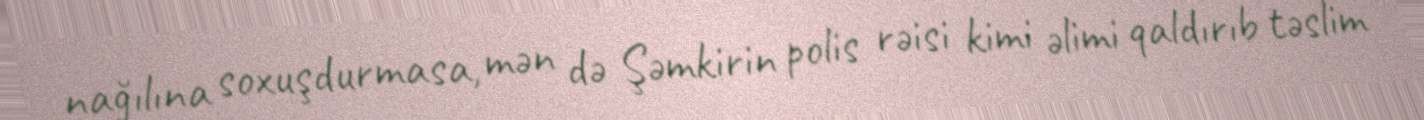
nağılına soxuşdurmasa, mən də Şəmkirin polis rəisi kimi əlimi qaldırıb təslim